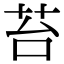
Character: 苔